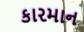
કારમાન